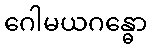
ဂေါမယဂန္ဓော